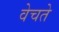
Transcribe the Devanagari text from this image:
वेचते